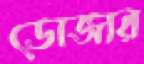
ডোজার